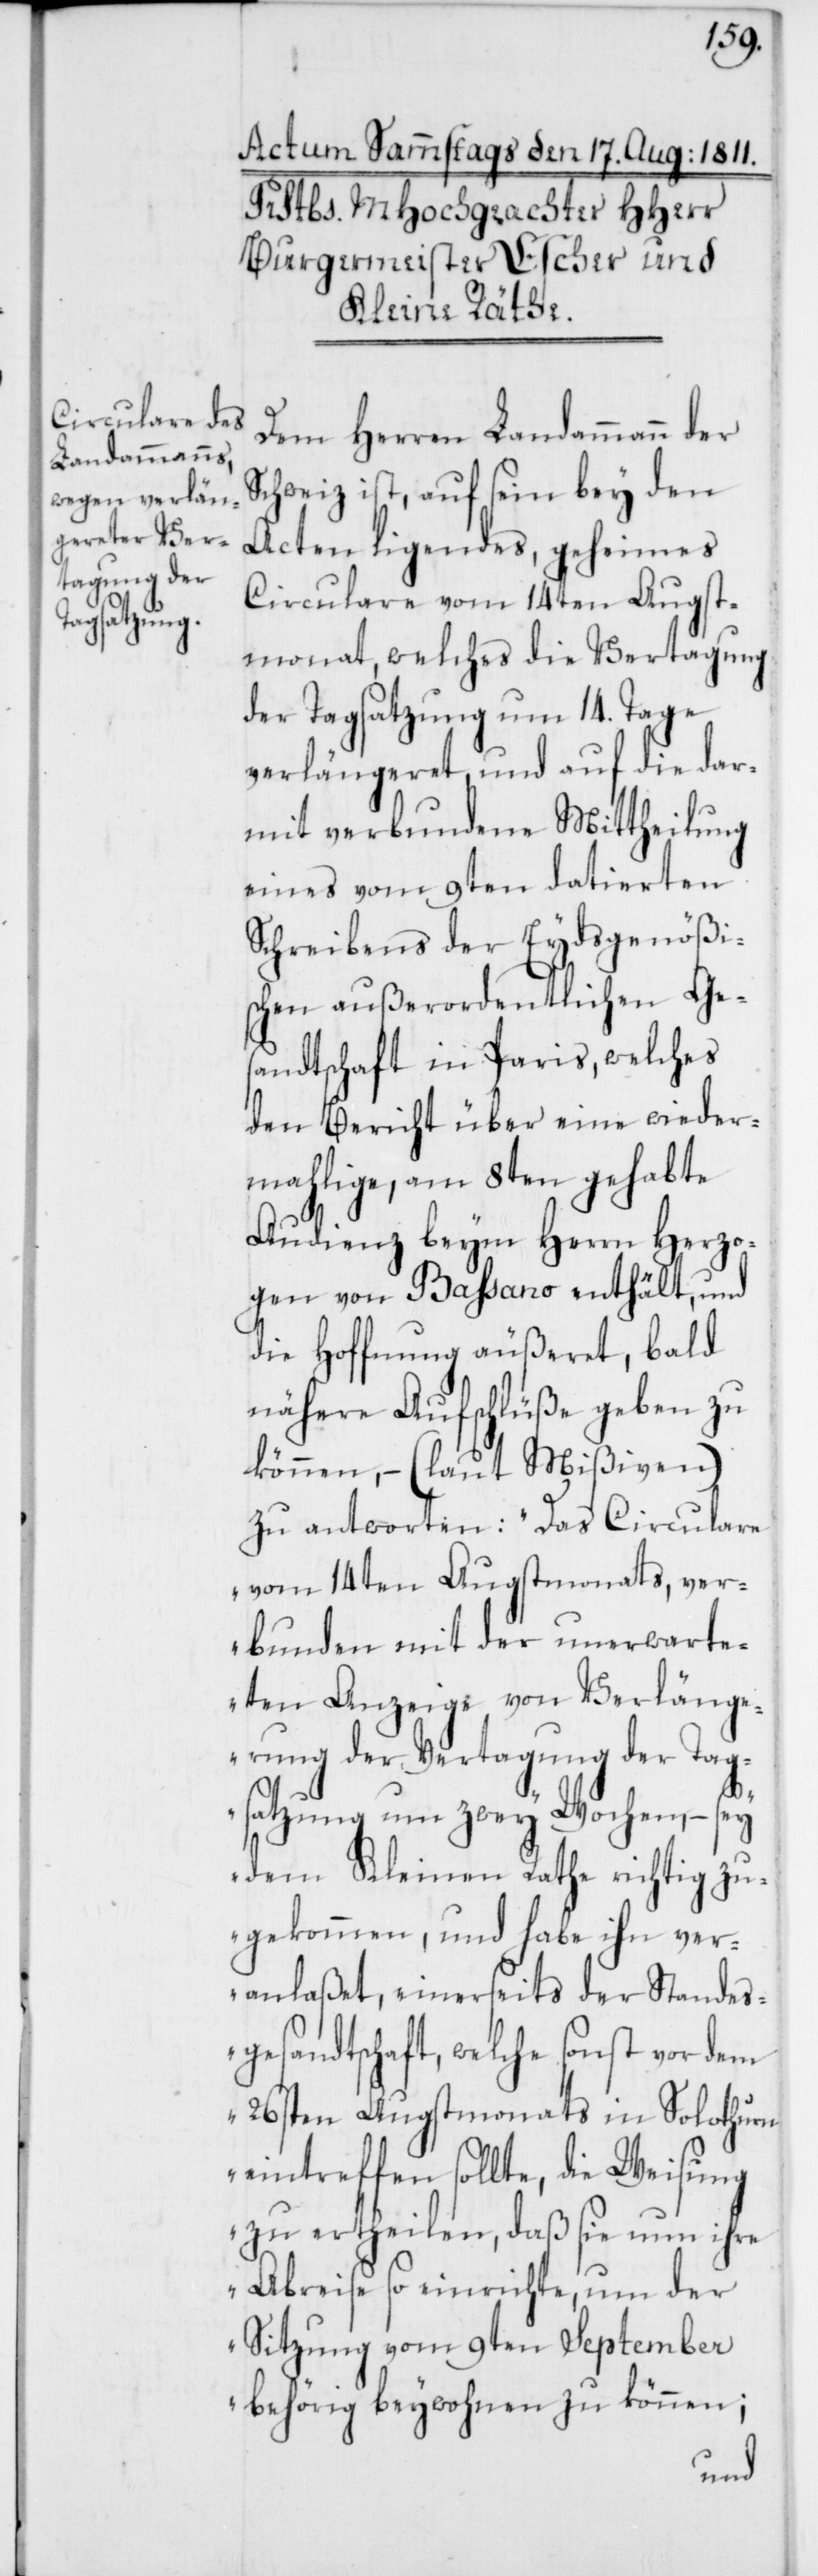
Dem Herren Landammann der
Schweiz ist, auf sein bey den
Acten ligendes, geheimes
Circulare vom 14ten Augst¬
monat, welches die Vertagung
der Tagsatzung um 14. Tage
verlängeret, und auf die dar¬
mit verbundene Mittheilung
eines vom 9ten datierten
Schreibens der Eydsgenößi¬
schen außerordentlichen Ge¬
sandtschaft in Paris, welches
den Bericht über eine wieder¬
mahlige, am 8ten gehabte
Audienz beym Herrn Herzo¬
gen von Baßano enthält, und
die Hoffnung äußeret, bald
nähere Aufschlüße geben zu
können, – (laut Mißiven)
zu antworten: „Das Circulare
vom 14ten Augstmonats, ver¬
bunden mit der unerwarte¬
ten Anzeige, von Verlänge¬
rung der Vertagung der Tag¬
satzung um zwey Wochen, – sey
dem Kleinen Rathe richtig zu¬
gekommen, und habe ihn ver¬
anlaßet, einerseits der Standes¬
gesandtschaft, welche sonst vor dem
26sten Augstmonats in Solothurn
eintreffen sollte, die Weisung
zu ertheilen, daß sie nun ihre
Abreise so einrichte, um der
Sitzung vom 9ten September
behörig beywohnen zu können;